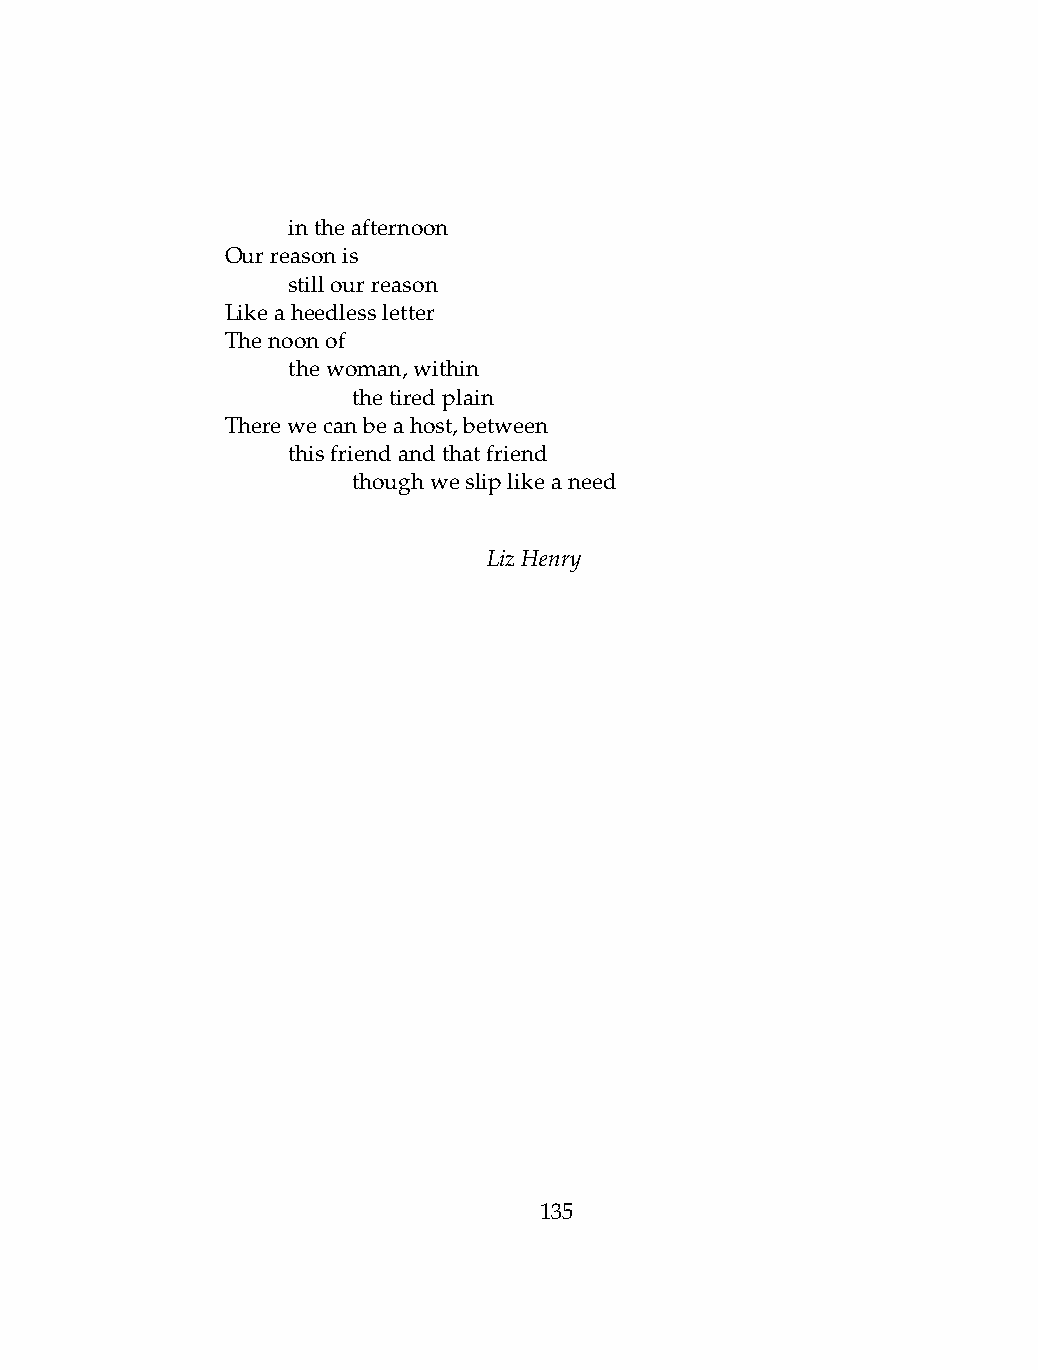
.   intheafternoon
 Ourreasonis
 .   stillourreason
 Likeaheedlessletter
 Thenoonof
 .   thewoman,within
 .   .   thetiredplain
 Therewecanbeahost,between
 .   thisfriendandthatfriend
 .   .   thoughwesliplikeaneed
 LizHenry
 135